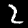
Digit: 2